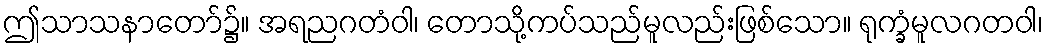
ဤသာသနာတော်၌။ အရညဂတံဝါ၊ တောသို့ကပ်သည်မူလည်းဖြစ်သော။ ရုက္ခံမူလဂတဝါ၊